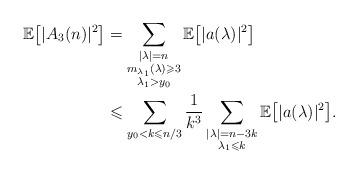
LaTeX: \begin{align*} \mathbb{E}\big[ |A_3(n)|^2\big] & = \sum_{\substack{|\lambda|=n \\ m_{\lambda_1}(\lambda) \geqslant 3 \\ \lambda_1 >y_0} } \mathbb{E}\big[ |a(\lambda)|^2\big] \\ & \leqslant \sum_{ y_0 < k\leqslant n/3} \frac{1}{k^3} \sum_{\substack{|\lambda|=n-3k \\ \lambda_1 \leqslant k} }\mathbb{E}\big[ |a(\lambda)|^2\big].\end{align*}